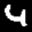
Label: 4